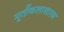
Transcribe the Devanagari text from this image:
मूर्तीकलाशास्त्र